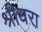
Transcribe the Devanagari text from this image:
श्रीधरा